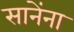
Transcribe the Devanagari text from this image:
सानेंना